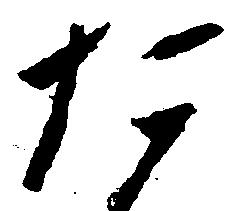
た